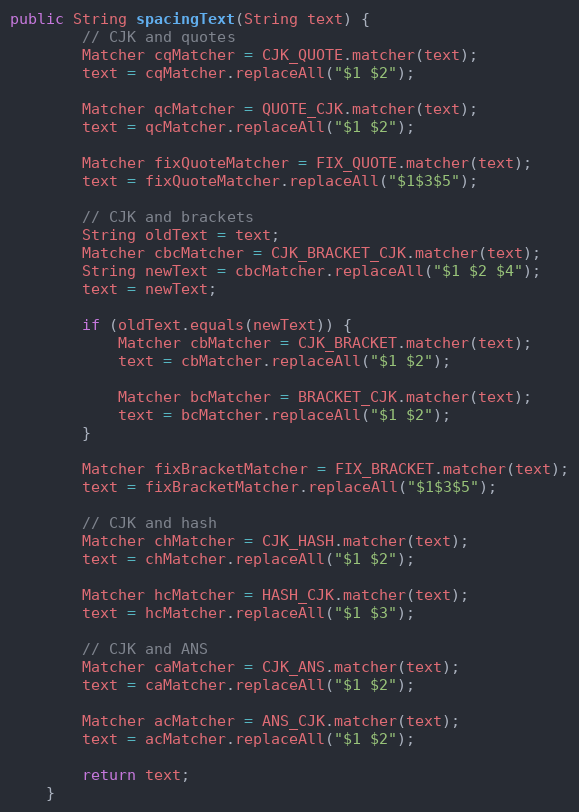
Language: Java
public String spacingText(String text) {
        // CJK and quotes
        Matcher cqMatcher = CJK_QUOTE.matcher(text);
        text = cqMatcher.replaceAll("$1 $2");

        Matcher qcMatcher = QUOTE_CJK.matcher(text);
        text = qcMatcher.replaceAll("$1 $2");

        Matcher fixQuoteMatcher = FIX_QUOTE.matcher(text);
        text = fixQuoteMatcher.replaceAll("$1$3$5");

        // CJK and brackets
        String oldText = text;
        Matcher cbcMatcher = CJK_BRACKET_CJK.matcher(text);
        String newText = cbcMatcher.replaceAll("$1 $2 $4");
        text = newText;

        if (oldText.equals(newText)) {
            Matcher cbMatcher = CJK_BRACKET.matcher(text);
            text = cbMatcher.replaceAll("$1 $2");

            Matcher bcMatcher = BRACKET_CJK.matcher(text);
            text = bcMatcher.replaceAll("$1 $2");
        }

        Matcher fixBracketMatcher = FIX_BRACKET.matcher(text);
        text = fixBracketMatcher.replaceAll("$1$3$5");

        // CJK and hash
        Matcher chMatcher = CJK_HASH.matcher(text);
        text = chMatcher.replaceAll("$1 $2");

        Matcher hcMatcher = HASH_CJK.matcher(text);
        text = hcMatcher.replaceAll("$1 $3");

        // CJK and ANS
        Matcher caMatcher = CJK_ANS.matcher(text);
        text = caMatcher.replaceAll("$1 $2");

        Matcher acMatcher = ANS_CJK.matcher(text);
        text = acMatcher.replaceAll("$1 $2");

        return text;
    }